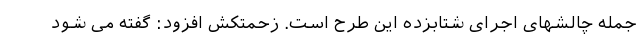
جمله چالشهای اجرای شتابزده این طرح است. زحمتکش افزود: گفته می شود